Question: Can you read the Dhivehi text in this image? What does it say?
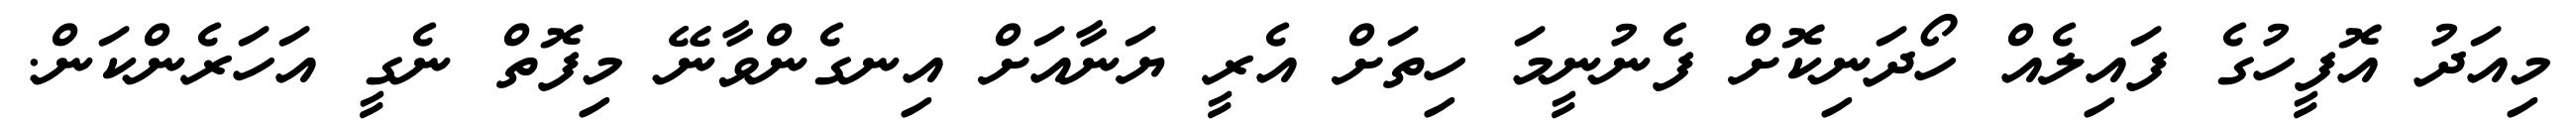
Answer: މިއަދު އޮފީހުގެ ފައިލެއް ހޯދަނިކޮށް ފެނުނީމަ ހިތަށް އެރީ ޔަނާއަށް އިނގެންވާނޭ މިފޮތް ނެގީ އަހަރެންކަން.